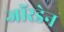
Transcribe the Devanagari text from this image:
जॉरडेन